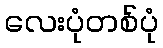
လေးပုံတစ်ပုံ